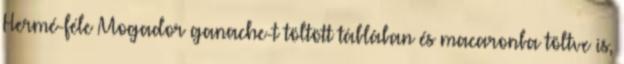
Hermé-féle Mogador ganache-t töltött táblában és macaronba töltve is,